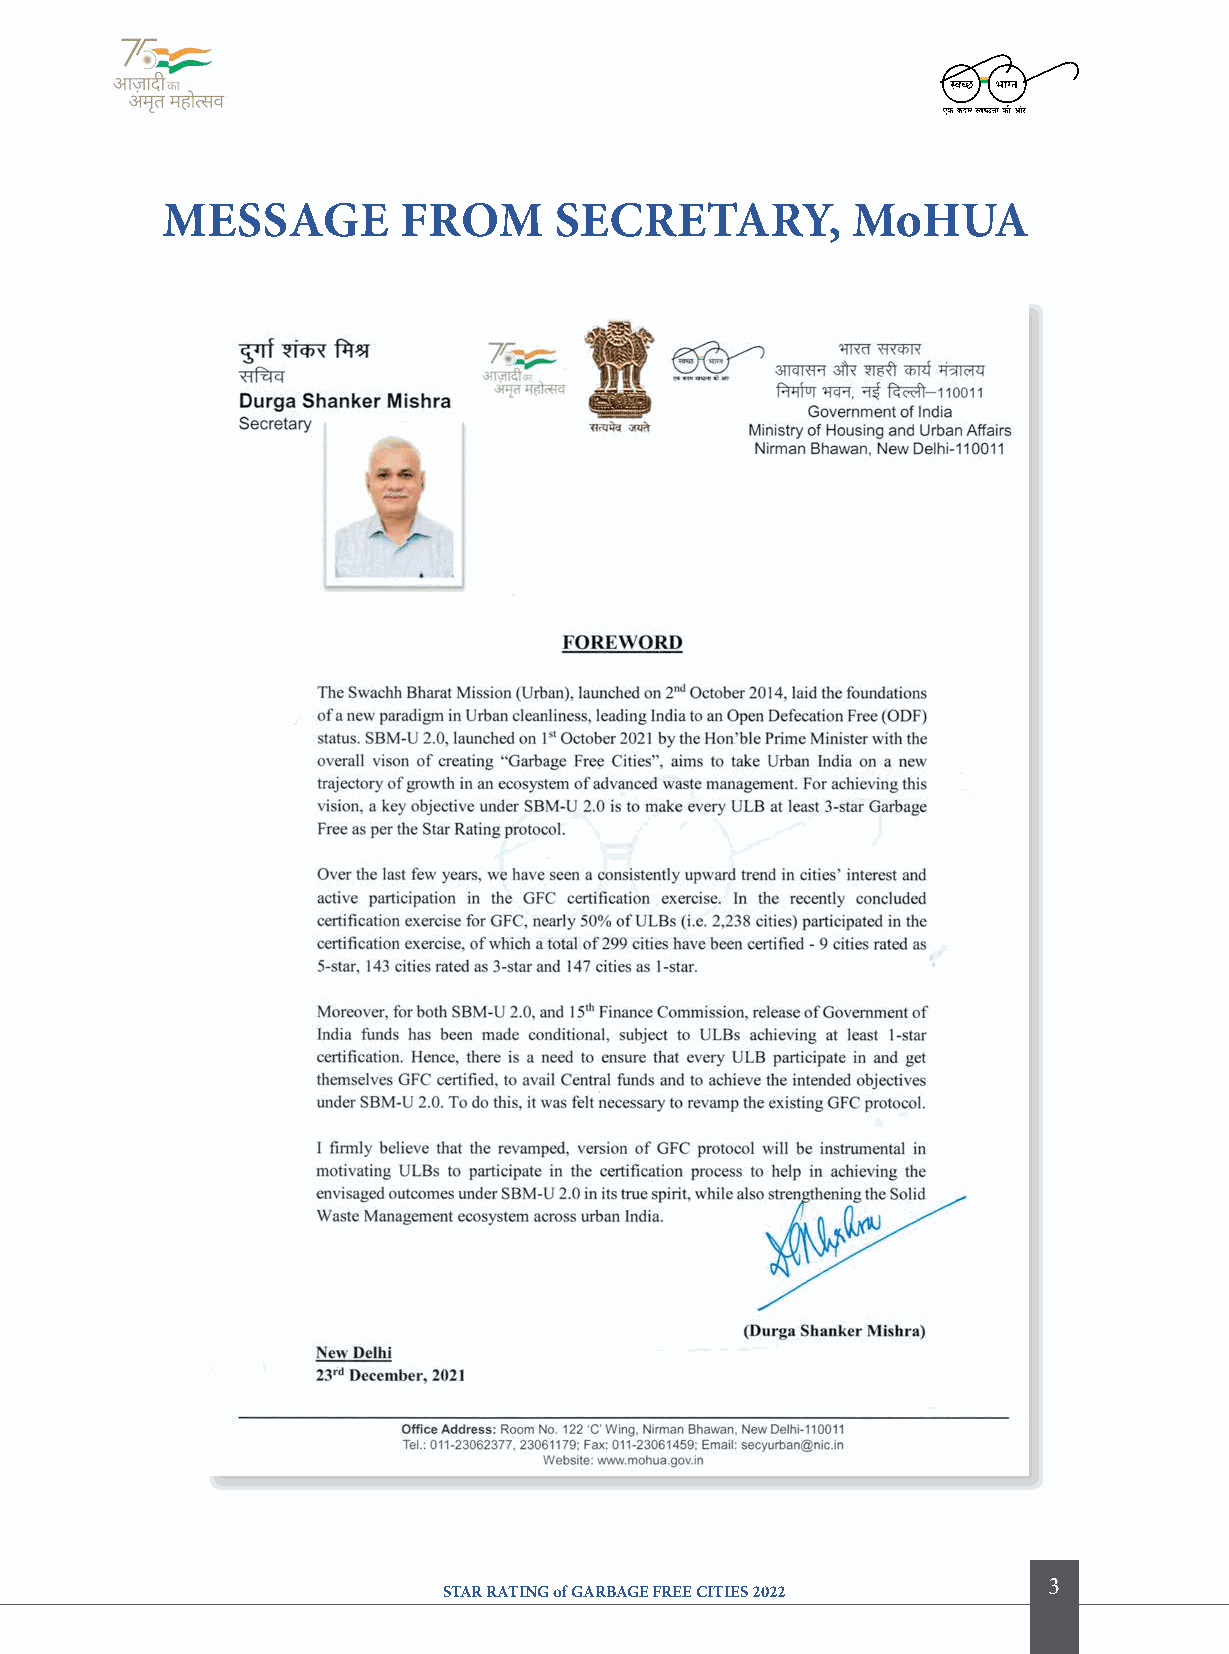
MeSSage        froM       Secretary,         MoHUa
 3
 STAR RATING of GARBAGE FREE CITIES 2022